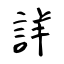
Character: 詳